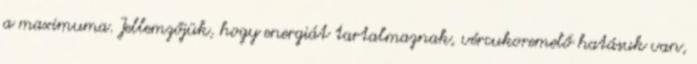
a maximuma. Jellemzőjük, hogy energiát tartalmaznak, vércukoremelő hatásuk van,